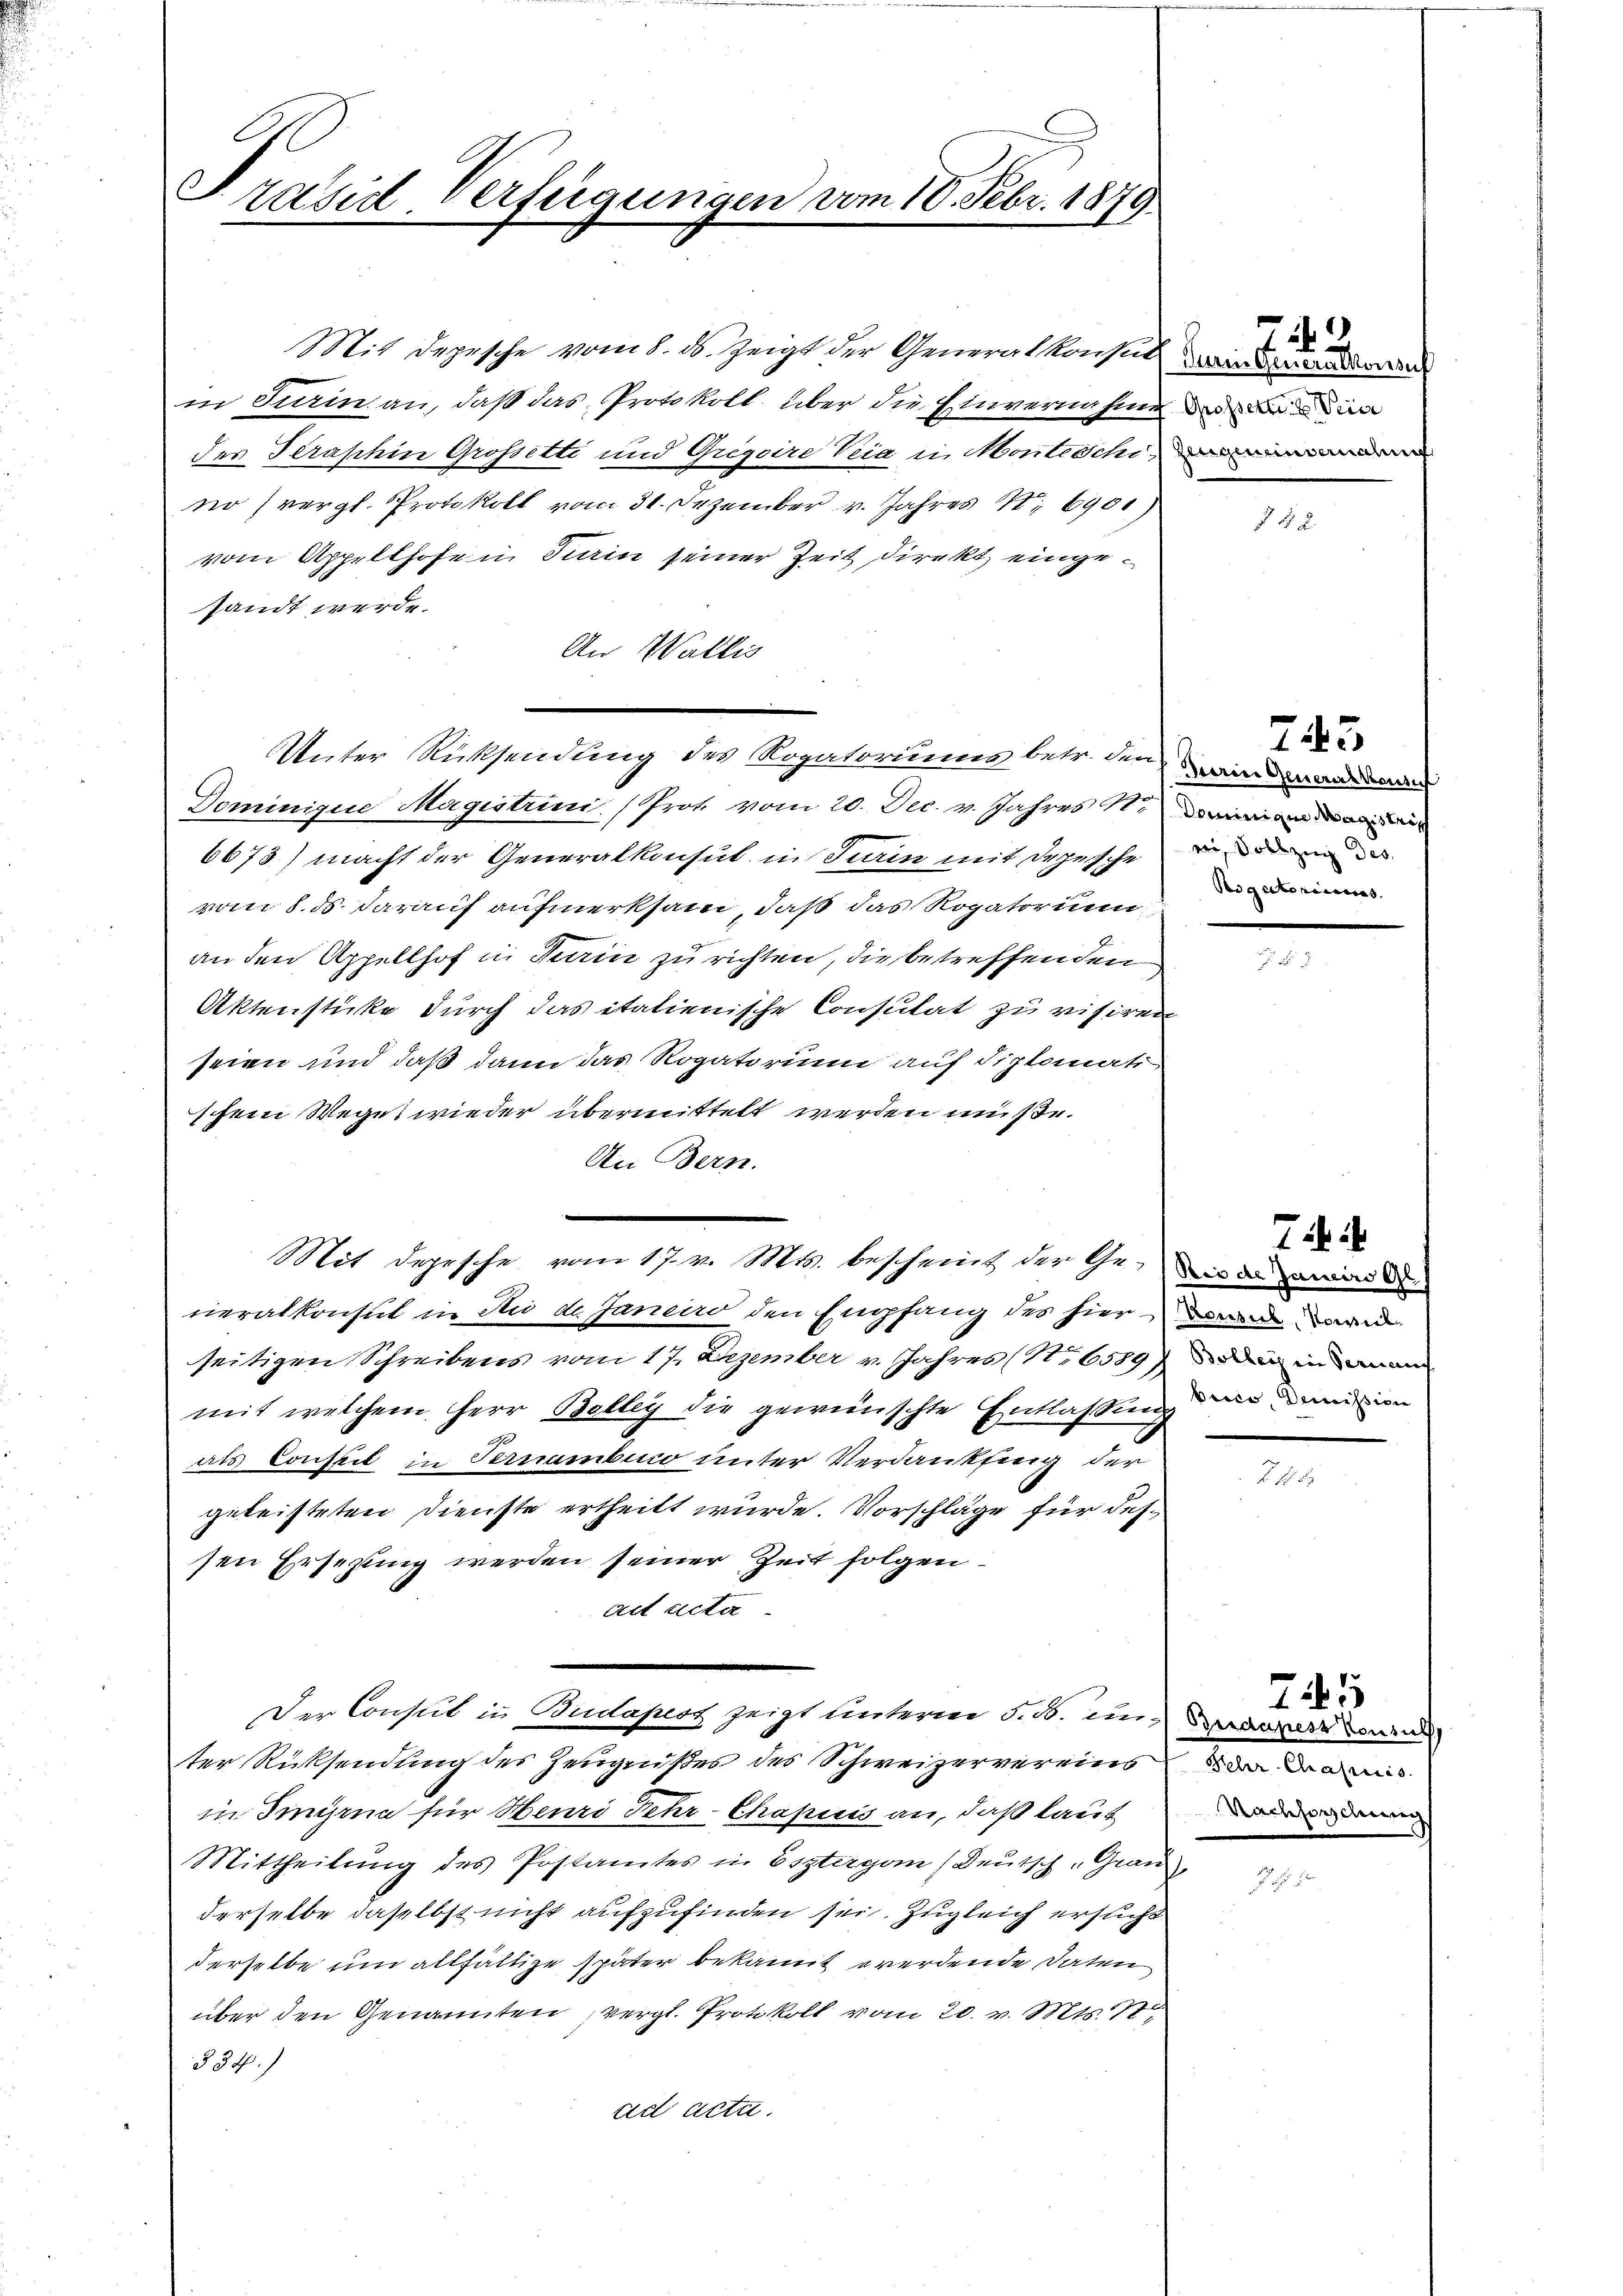
Präsid Verfügungen vom 10. Febr. 1879.

Mit Depesche vom 8. ds. zeigt der Generalkonsul
in Turin an, daß das Protokoll über die Einvernahme de
des Terashin Grossitti und Gregoire Veia in Monteschi
no (vergl. Protokoll vom 31. Dezember v. Jahres S. 6901)
vom Appellhofe in Sein seiner Zeit direkt eingesandt werde.
An Wallis
Unter Rücksendung des Rogatoriums betr. den wird
Dominigue Magistrini (Prot. vom 20. Dec. v. Jahres 11 die
6673) macht der Generalkonsul in Turin mit Depesche
vom 8. ds. darauf aufmerksam, daß das Rogatorium
an den Appellhof in Turin zu richten, die betreffenden
Aktensticke durch das italienische Consulat zu visiren
seien und daß dann das Rogatorum auf diplomati
schen Weges wieder übermittelt werden müße.
An Bern.
Mit depesche vom 17. v. Mts. bescheint der Ge¬ die der
neralkonsul in du de Janeiro den Empfang des hier dann wird
seitigen Schreibens vom 17. Dezember v. Jahres (16589 der in man
mit welchem Herr Balley die gewünschte Entlassung der mon
als Conseil in Fernembuco unter Verdankfing der
geleisteten Dienste ertheilt wurde. Vorschläge für dessen Ersezung werden seiner Zeit folgen¬
Act acta
Der Consul in Budapest zeigt unterm 5. B. in Bauer von
ter Rücksendung des Zeugnißes des Schweizervereins
in Singina für Heuri Fehr-Chapuis an, daß laut
Mittheilŭng des Postamtes in Estergo (deŭtsch "Graŭ-
derselbe daselbst nicht aufzufinden sei. Zugleich ersucht
derselbe um allfältige später bekannt werdende Daten
über den Genannten, vergl. Protokoll vom 20. v. Mts. St
334.)
ad acta.

Derin Generalkonsu

745

e, Vollzug des
Rigatoristeres

7

745
Fehr. Chrafis
Nachforschung